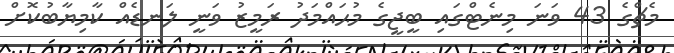
މެޗްގެ 43 ވަނަ މިނެޓްގައި ބީޖީގެ މުޙައްމަދު ރަމީޒު ވަނީ ލަނޑެއް ކާމިޔާބުކޮށް